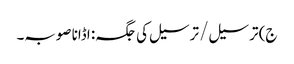
ج) ترسیل / ترسیل کی جگہ: اڈانا صوبہ۔